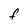
Character: F